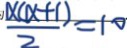
\frac { x ( x + 1 ) } { 2 } = 1 0